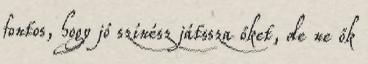
fontos, hogy jó színész játssza őket, de ne ők